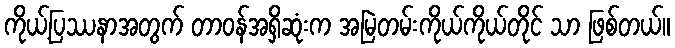
ကိုယ့်ပြဿနာအတွက် တာဝန်အရှိဆုံးက အမြဲတမ်းကိုယ်ကိုယ်တိုင် သာ ဖြစ်တယ်။